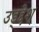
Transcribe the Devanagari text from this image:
उड्द्देश्